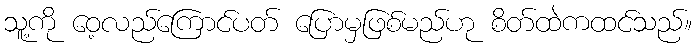
သူ့ကို ဝေ့လည်ကြောင်ပတ် ပြောမှဖြစ်မည်ဟု စိတ်ထဲကထင်သည်။